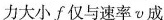
力大小f仅与速率v成